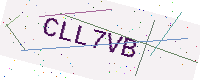
Text: CLL7VB